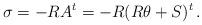
LaTeX: \begin{align*}\sigma = -RA^{t} = -R( R\theta + S)^{t} \, .\end{align*}